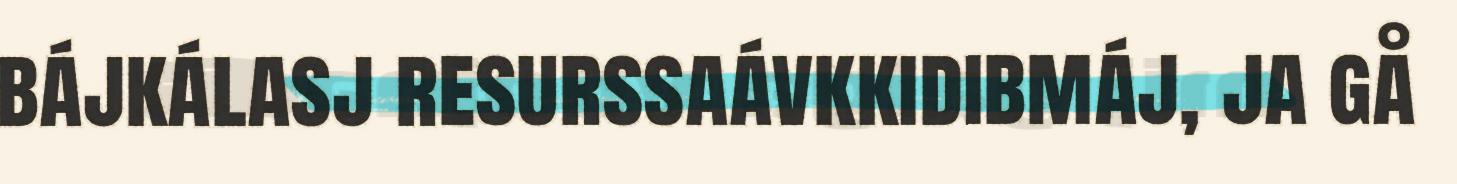
bájkálasj resurssaávkkidibmáj, ja gå